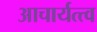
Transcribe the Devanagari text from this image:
आचार्यत्त्व